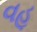
વહૂ